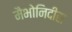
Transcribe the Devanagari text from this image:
मैभोनिदीस